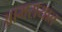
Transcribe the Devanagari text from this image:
आमरायात